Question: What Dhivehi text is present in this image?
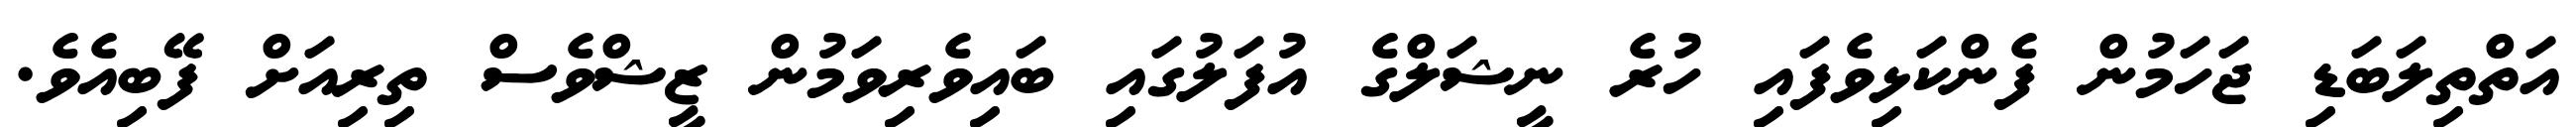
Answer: އަތްތިލަބަޑި ޖަހަމުން ފެންކަޅިވެފައި ހުރެ ނީޝަލްގެ އުފަލުގައި ބައިވެރިވަމުން ޒީޝްވެސް ތިރިއަށް ފޭބިއެވެ.